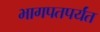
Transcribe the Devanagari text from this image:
भागपतपर्यंत